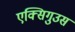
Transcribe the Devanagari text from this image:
एक्सिगुउस